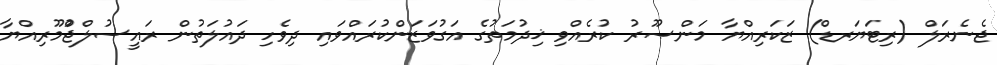
ޖެނެރަލް (ރިޓަޔަރޑް) ޒަކަރިއްޔާ މަންޞޫރު ކުރެއްވި ޚިދުމަތުގެ އަގުވަޒަންކުރައްވައި ދިވެހި ދައުލަތުން ރައީސުލްޖުްމޫރިއްޔާ